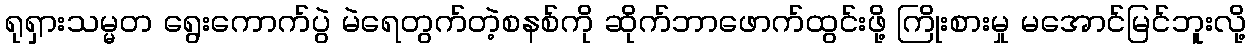
ရုရှားသမ္မတ ရွေးကောက်ပွဲ မဲရေတွက်တဲ့စနစ်ကို ဆိုက်ဘာဖောက်ထွင်းဖို့ ကြိုးစားမှု မအောင်မြင်ဘူးလို့